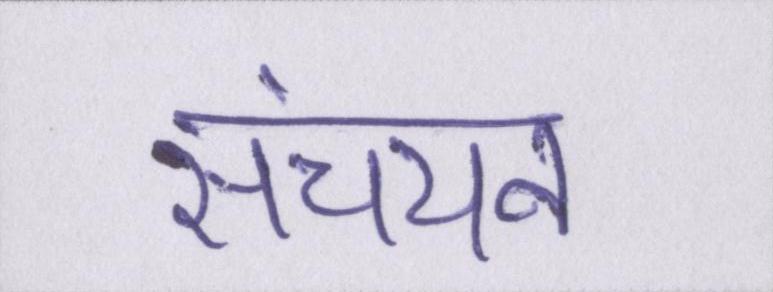
संचयन